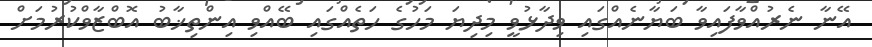
އޭނާ ނެރުއްވާފައިވާ ބަޔާނެއްގައި ވިދާޅުވީ މިދިޔަ މަހުގެ ހަތެއްގައި ބޭއްވި އިންތިޚާބު އޮބްޒާވްކުރުމަށް